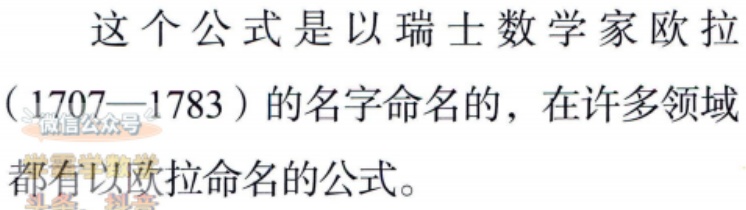
这个公式是以瑞士数学家欧拉（1707—1783）的名字命名的，在许多领域都有以欧拉命名的公式。